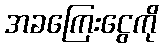
အခကြေးငွေကို